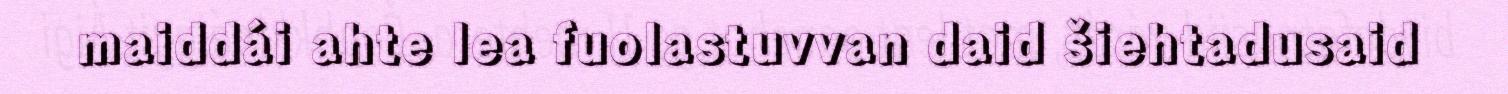
maiddái ahte lea fuolastuvvan daid šiehtadusaid